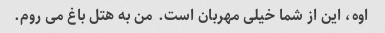
اوه، این از شما خیلی مهربان است. من به هتل باغ می روم.